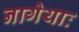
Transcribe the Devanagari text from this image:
नागेयाः